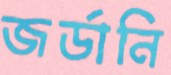
জর্ডানি